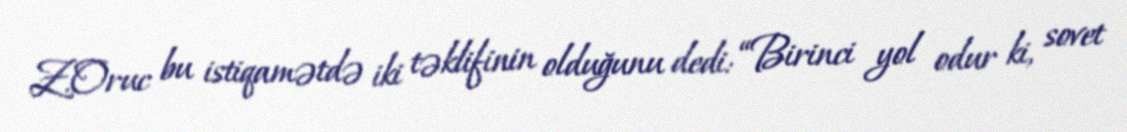
Z.Oruc bu istiqamətdə iki təklifinin olduğunu dedi: “Birinci yol odur ki, sovet